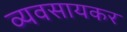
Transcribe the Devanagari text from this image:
व्यवसायकर